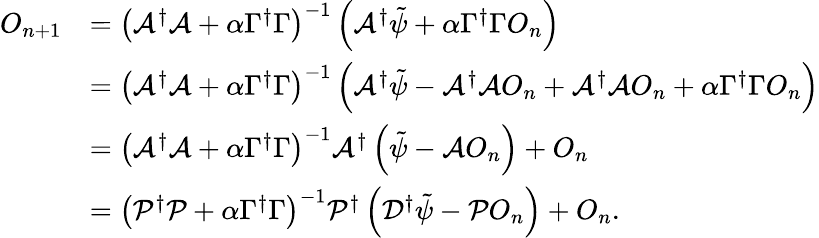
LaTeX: \begin{array}{rl}{O_{n+1}}&{=\left(\mathcal{A}^{\dagger}\mathcal{A}+\alpha\Gamma^{\dagger}\Gamma\right)^{-1}\left(\mathcal{A}^{\dagger}\tilde{\psi}+\alpha\Gamma^{\dagger}\Gamma O_{n}\right)}\\ &{=\left(\mathcal{A}^{\dagger}\mathcal{A}+\alpha\Gamma^{\dagger}\Gamma\right)^{-1}\left(\mathcal{A}^{\dagger}\tilde{\psi}-\mathcal{A}^{\dagger}\mathcal{A}O_{n}+\mathcal{A}^{\dagger}\mathcal{A}O_{n}+\alpha\Gamma^{\dagger}\Gamma O_{n}\right)}\\ &{=\left(\mathcal{A}^{\dagger}\mathcal{A}+\alpha\Gamma^{\dagger}\Gamma\right)^{-1}\mathcal{A}^{\dagger}\left(\tilde{\psi}-\mathcal{A}O_{n}\right)+O_{n}}\\ &{=\left(\mathcal{P}^{\dagger}\mathcal{P}+\alpha\Gamma^{\dagger}\Gamma\right)^{-1}\mathcal{P}^{\dagger}\left(\mathcal{D}^{\dagger}\tilde{\psi}-\mathcal{P}O_{n}\right)+O_{n}.}\end{array}